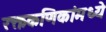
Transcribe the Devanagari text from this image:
रक्तकणिकांमध्ये